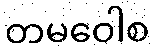
တမဝေါစ